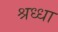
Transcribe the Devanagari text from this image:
श्रध्धा